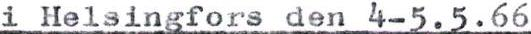
i Helsingfors den 4-5.5.66